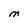
Character: M